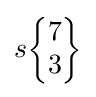
s{\begin{Bmatrix}7\\3\end{Bmatrix}}